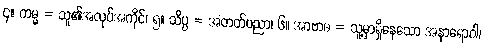
၄။ ကမ္မ = သူ၏အလုပ်အကိုင်၊ ၅။ သိပ္ပ = အတတ်ပညာ၊ ၆။ အာဗာဓ = သူ့မှာရှိနေသော အနာရောဂါ၊